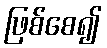
ဖြစ်စေ၍